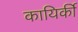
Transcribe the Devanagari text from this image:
कायिर्की